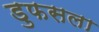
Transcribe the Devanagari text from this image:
डुफसला